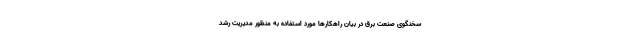
سخنگوی صنعت برق در بیان راهکارها مورد استفاده به منظور مدیریت رشد